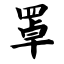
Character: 罩